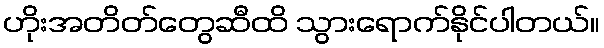
ဟိုးအတိတ်တွေဆီထိ သွားရောက်နိုင်ပါတယ်။